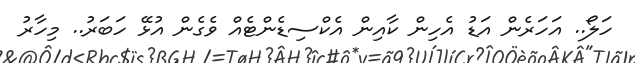
ހަލޯ.. އަހަރެން އަޑު އެހިން ކާއިން އެކްސިޑެންޓެއް ވެގެން އުޅޭ ހަބަރު.. މިހާރު